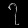
Digit: ၇